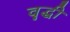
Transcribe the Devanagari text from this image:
वॄद्धी